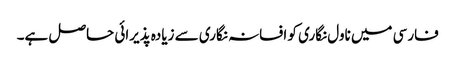
فارسی میں ناول نگاری کو افسانہ نگاری سے زیادہ پذیرائی حاصل ہے۔